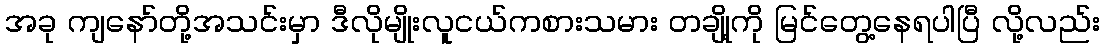
အခု ကျနော်တို့အသင်းမှာ ဒီလိုမျိုးလူငယ်ကစားသမား တချို့ကို မြင်တွေ့နေရပါပြီ လို့လည်း